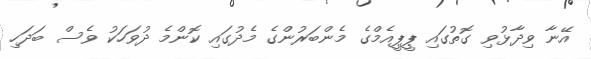
އޭނާ ވިދާޅުވި ގޮތުގައި ޕީޕީއެމްގެ މެންބަރުންގެ މެދުގައި ކޮންމެ ދުވަހަކު ވެސް ބަދަހި